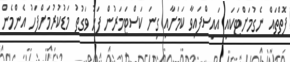
ފޮތްތައް ނެގުމަށްޓަކައި އައިސްފައިވާ ކަމަށާއި ގިނަ ކަސްޓަމަރުން ފަހު ވަގުތު މަޑުކުރުމަށްފަހު އެންމެން